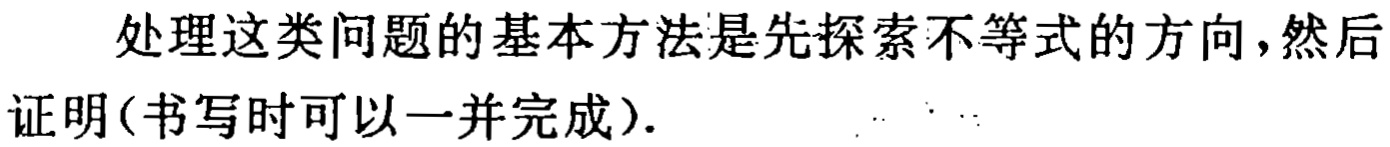
处理这类问题的基本方法是先探索不等式的方向，然后证明(书写时可以一并完成).